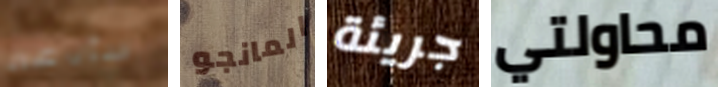
سأدعه المانجو جريئة محاولتي